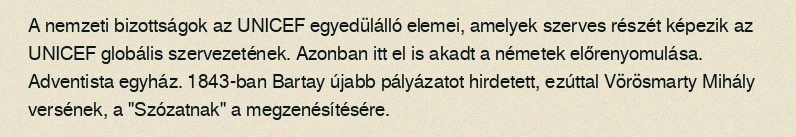
A nemzeti bizottságok az UNICEF egyedülálló elemei, amelyek szerves részét képezik az UNICEF globális szervezetének. Azonban itt el is akadt a németek előrenyomulása. Adventista egyház. 1843-ban Bartay újabb pályázatot hirdetett, ezúttal Vörösmarty Mihály versének, a "Szózatnak" a megzenésítésére.